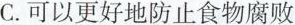
C.可以更好地防止食物腐败